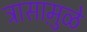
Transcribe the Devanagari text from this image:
त्रासामु़ळे